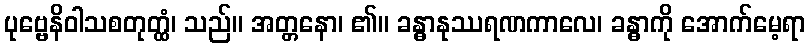
ပုဗ္ဗေနိဝါသစတုတ္ထံ၊ သည်။ အတ္တနော၊ ၏။ ခန္ဓာနုဿရဏကာလေ၊ ခန္ဓာကို အောက်မေ့ရာ